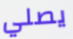
يصلي